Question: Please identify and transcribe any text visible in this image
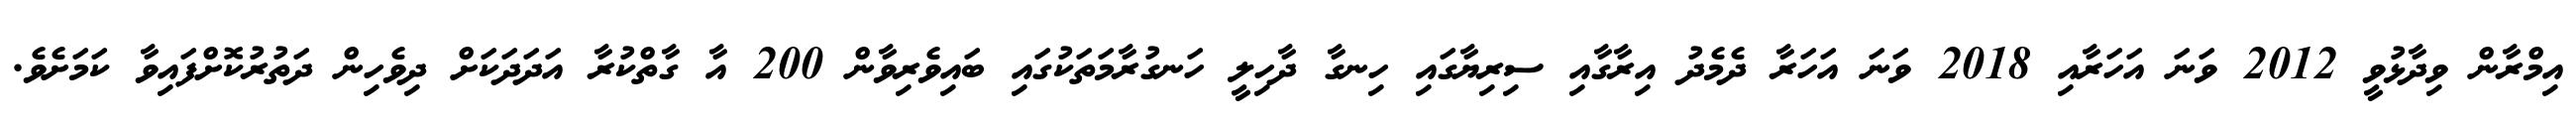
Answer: އިމްރާން ވިދާޅުވީ 2012 ވަނަ އަހަރާއި 2018 ވަނަ އަހަރާ ދެމެދު އިރާގާއި ސިރިޔާގައި ހިނގާ ދާހިލީ ހަނގުރާމަތަކުގައި ބައިވެރިވާން 200 އާ ގާތްކުރާ އަދަދަކަށް ދިވެހިން ދަތުރުކޮށްފައިވާ ކަމަށެވެ.